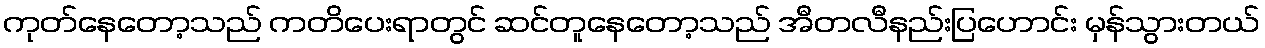
ကုတ်နေတော့သည် ကတိပေးရာတွင် ဆင်တူနေတော့သည် အီတလီနည်းပြဟောင်း မှန်သွားတယ်